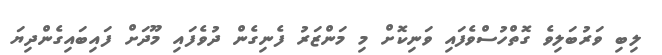
ލިބި ވަރުބަލިވެ ގޮތްހުސްވެފައި ވަނިކޮށް މި މަންޒަރު ފެނިގެން ދުވެފައި މޫދަށް ފައިބައިގެންދިޔަ